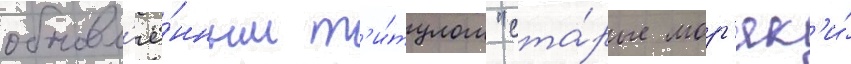
обновл'ё́нным т'и́тулом "ста́рые мор'як'и́